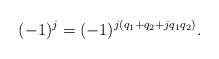
LaTeX: \begin{align*} (-1)^j = (-1)^{j (q_1 + q_2 + jq_1q_2)}.\end{align*}